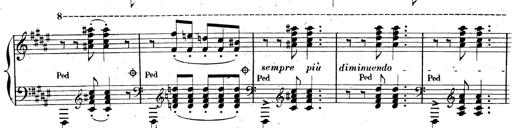
Title: AnnÃ©es de pÃ¨lerinage II, SupplÃ©ment
Composer: Franz Liszt